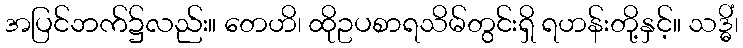
အပြင်ဘက်၌လည်း။ တေဟိ၊ ထိုဥပစာရသိမ်တွင်းရှိ ရဟန်းတို့နှင့်။ သဒ္ဓိံ၊